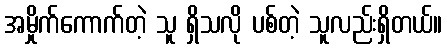
အမှိုက်ကောက်တဲ့ သူ ရှိသလို ပစ်တဲ့ သူလည်းရှိတယ်။